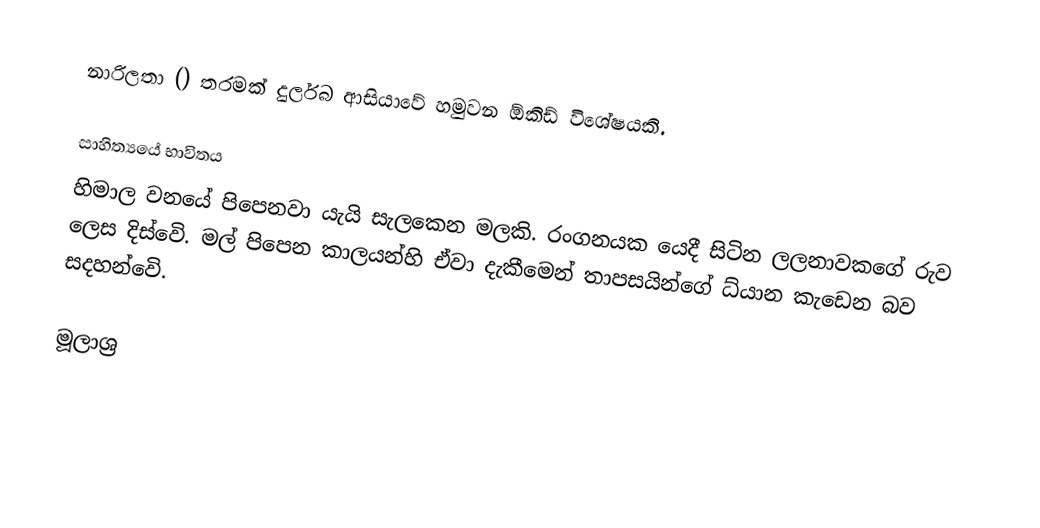
නාරිලතා () තරමක් දුර්ලබ ආසියාවේ හමුවන ඕකිඩ් විශේෂයකි.

සාහිත්‍යයේ භාවිතය
හිමාල වනයේ පිපෙනවා යැයි සැලකෙන මලකි. රංගනයක යෙදී සිටින ලලනාවකගේ රුව ලෙස දිස්වෙි. මල් පිපෙන කාලයන්හි ඒවා දැකීමෙන් තාපසයින්ගේ ධ්යාන කැඩෙන බව සදහන්වෙි.

මූලාශ්‍ර